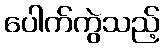
ပေါက်ကွဲသည့်